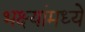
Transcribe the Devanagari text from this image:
भक्ष्यांमध्ये